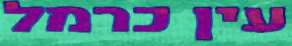
עין כרמל